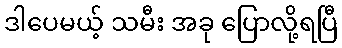
ဒါပေမယ့် သမီး အခု ပြောလို့ရပြီ